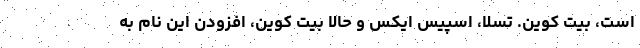
است، بیت کوین. تسلا، اسپیس ایکس و حالا بیت کوین، افزودن این نام به